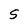
Character: S